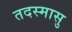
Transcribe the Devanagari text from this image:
तदस्मासु